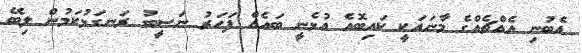
އެބުނި އެއްޗެއްގެ މާނައަކީ ކައިބޮއެ އުޅެނީ ބައެއް ފަހަރު ނަސީބު ރަނގަޅުކަމުން ލިބޭ